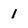
Character: 1